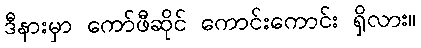
ဒီနားမှာ ကော်ဖီဆိုင် ကောင်းကောင်း ရှိလား။